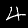
Label: 4